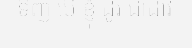
ទិញ បើ ខ្ញុំ ដូរ ជាដាវ